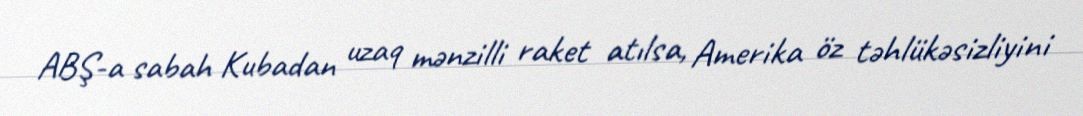
ABŞ-a sabah Kubadan uzaq mənzilli raket atılsa, Amerika öz təhlükəsizliyini